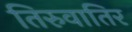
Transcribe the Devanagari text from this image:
तिरुवातिर